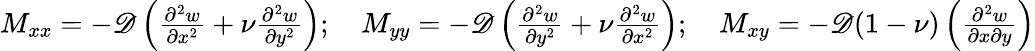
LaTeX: \begin{array}{r}{M_{xx}=-\mathscr{D}\left(\frac{\partial^{2}w}{\partial x^{2}}+\nu\frac{\partial^{2}w}{\partial y^{2}}\right);\quad M_{yy}=-\mathscr{D}\left(\frac{\partial^{2}w}{\partial y^{2}}+\nu\frac{\partial^{2}w}{\partial x^{2}}\right);\quad{M}_{xy}=-\mathscr{D}(1-\nu)\left(\frac{\partial^{2}w}{\partial x\partial y}\right)}\end{array}